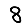
Digit: 8